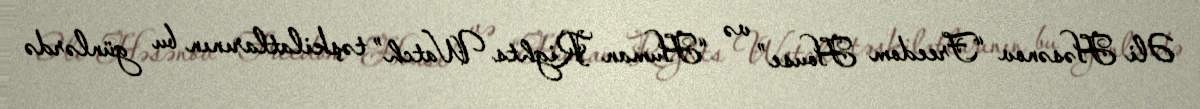
Əli Həsənov “Freedom House” və “Human Rights Watch” təşkilatlarının bu günlərdə